Materia medica of Madras volume I
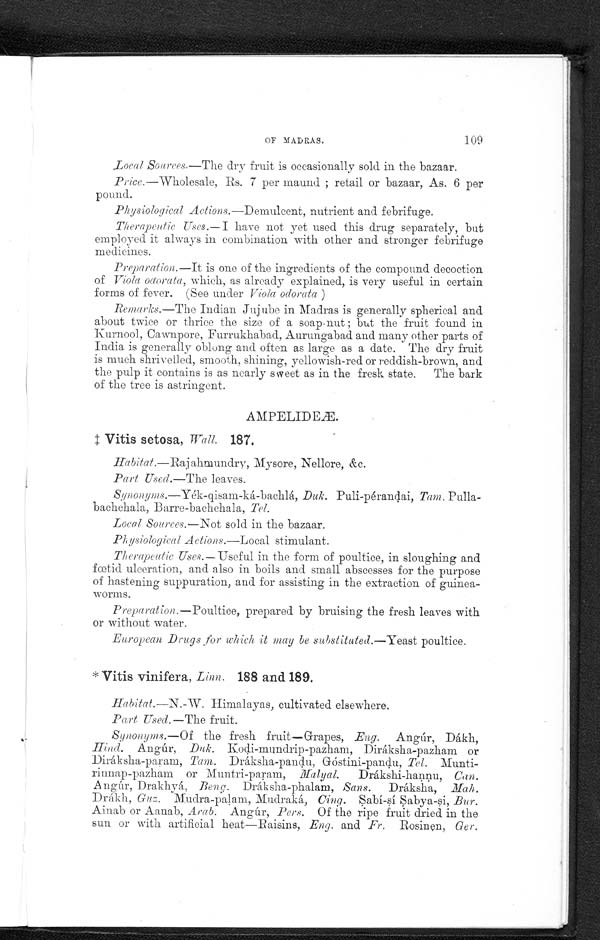
OF MADRAS.
109
Local Sources.—The dry fruit is occasionally sold in the bazaar.
Price .—Wholesale, Rs. 7 per maund ; retail or bazaar, As. 6 per
pound.
Physiological Actions.— Demulcent , nutrient and febrifuge.
Therapeutic Uses.—I have not yet used this drug separately, but
employed it always in combination with other and stronger febrifuge
medicines.
Preparation.—It is one of the ingredients of the compound decoction.
of Viola oaorata, which, as already explained, is very useful in certain
forms of fever. (See under Viola odorata)
Remarks.—The Indian Jujube in Madras is generally spherical and
about twice or thrice the size of a soap-nut ; but the fruit found in
Kurnool, Cawnpore, Furrukhabad, Aurungabad and many other parts of
India is generally oblong and often as large as a date. The dry fruit
is much shrivelled, smooth, shining, yellowish–red or reddish–brown, and
the pulp it contains is as nearly sweet as in the fresk state. The bark
of the tree is astringent.
AMPELIDE
Æ.
‡ Vitis setosa, Wall. 187.
Habitat.—Rajahmundry , Mysore, Nellore,
&amp;c.
Part Used.—The leaves.
Synonyms.—Yék-gisam-ká-bachlá, Duk.
Puli-pérandai, Tam. Pulla-bachchala, Barre–bachchala, Tel.
Local Sources.—Not sold in the bazaar.
Physiological Actions.— Local stimulant.
Therapeutic Uses.—Useful in the form of poultice, in sloughing and
fœtid ulceration, and also in boils and small abscesses for the purpose
of hastening suppuration, and for assisting in the extraction of guinea-
worms.
Preparation.—Poultice, prepared by bruising the fresh leaves with
or without water.
European Drugs for which it may be substituted.—Yeast poultice.
* Vitis vinifera , Linn. 188 and 189 .
Habtat.—N .–W . Himalayas, cultivated elsewhere.
Part Used.—The fruit.
Synonyms.—Of the fresh fruit—Grapes, Eng. Angúr, Dákh,
Hind. Angúr, Duk. Kodi-mundrip-pazham, Diráksha-pazham or
Dirásha-param, Tam. Drásha-pandu, Góstini-pandu, Tel. Munti-
rinnap-pazham or Muntri-param,M a l y a l
D r á k s h i - h a n n u ,
C a n
.
Angúr, Drakhyá., Beng. Dráksha–phalam, Sans . Dráksha,
M a h .
D r á k h ,
G u z .
M u d r a – p a l a m , M u d r a k á , C i n g . S a b í - s í S a b y a - s i ,B
u r .
Ainab or Aanab, Arab. Angúr, Pers. Of the ripe fruit dried in the
sun or with artificial heat—Raisins, Eng. and Fr. Rosinen, Ger.